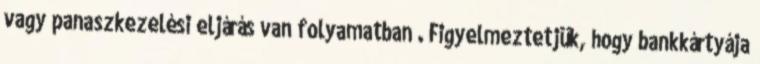
vagy panaszkezelési eljárás van folyamatban . Figyelmeztetjük, hogy bankkártyája